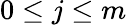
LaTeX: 0\leq j\leq m